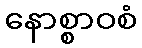
နောစ္စာဝစံ